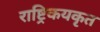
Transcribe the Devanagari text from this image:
राष्ट्रिकयकृत